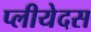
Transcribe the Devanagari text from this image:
प्लीयेदस